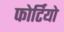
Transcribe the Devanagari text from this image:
फोर्टियो